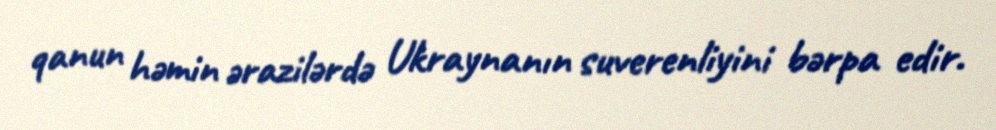
qanun həmin ərazilərdə Ukraynanın suverenliyini bərpa edir.